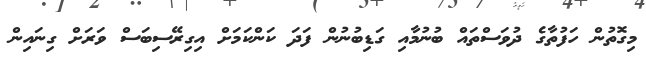
މިގޮތުން ހަފުތާގެ ދުވަސްތައް ބުނުމާއި ގަޑިބުނުން ފަދަ ކަންކަމަށް އިގިރޭސިބަސް ވަރަށް ގިނައިން